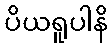
ပိယရူပါနိ